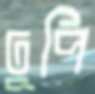
ঢুপি